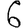
Digit: 6